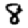
Digit: 8